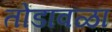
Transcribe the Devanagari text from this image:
तोंडावळा